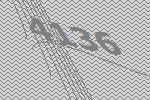
4136